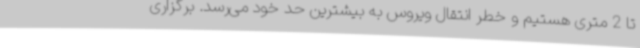
تا 2 متری هستیم و خطر انتقال ویروس به بیشترین حد خود می‌رسد. برگزاری